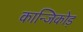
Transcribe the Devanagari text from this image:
कान्जिकोड़